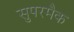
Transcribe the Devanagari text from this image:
सुपरमैक